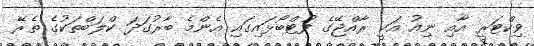
ވިކްޓަރީ އާއި ނިއު އަކީ ރާއްޖޭގެ ފުޓްބޯޅައިގައި އެންމެ ބާރުގަދަ ކްލަބްތަކުގެ ތެރޭ